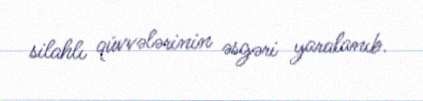
silahlı qüvvələrinin əsgəri yaralanıb.